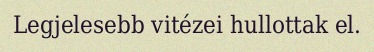
Legjelesebb vitézei hullottak el.